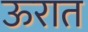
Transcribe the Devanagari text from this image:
ऊरात